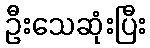
ဦးသေဆုံးပြီး